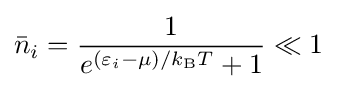
{\bar {n}}_{i}={\frac {1}{e^{(\varepsilon _{i}-\mu )/k_{\rm {B}}T}+1}}\ll 1